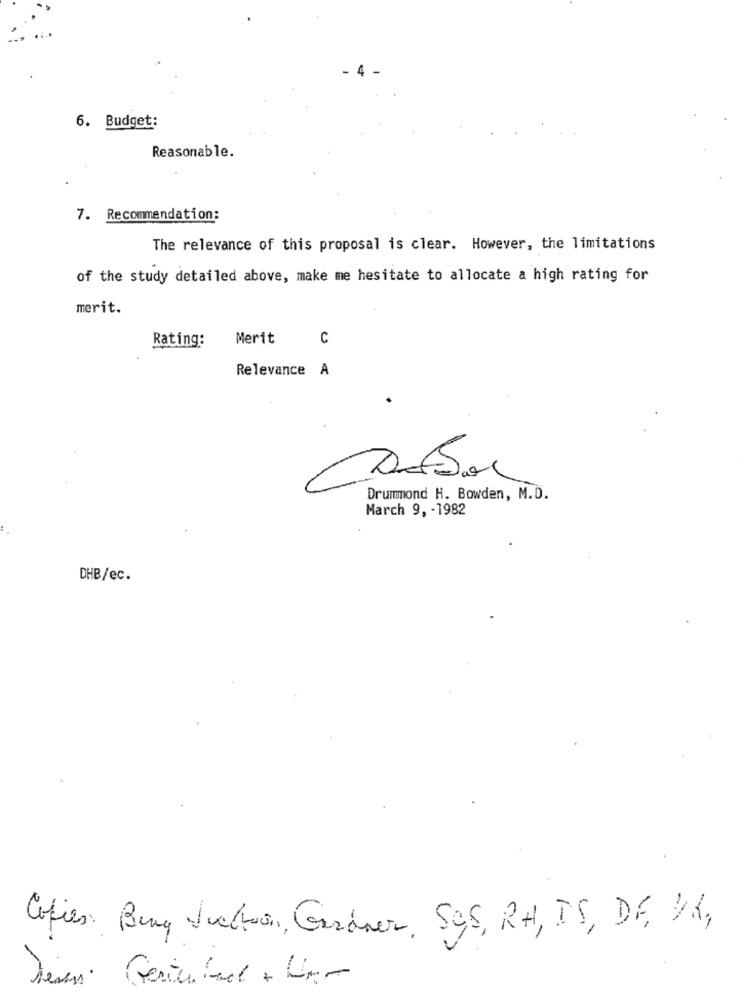
4
6. Budget:
Reasonable.
7. Recommendation:
The relevance of this proposal is clear. However, the limitations
of the study detailed above, make me hesitate to allocate a high rating for
merit.
Rating:
Merit
C
Relevance A
Drummond H. Bowden, M.D.
March 9, - 1982
DHB/ec.
Copies: Bung Suchen, Gardner, 50,5, RH, IS, DE, DK,
desen Geriente + Har